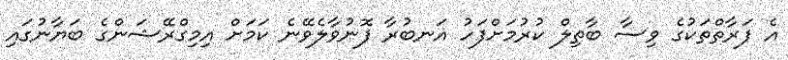
އެ ފަރާތްތަކުގެ ވިސާ ބާތިލް ކުރުމަށްފަހު އަނބުރާ ފޮނުވާލެވޭނެ ކަމަށް އިމިގްރޭޝަންގެ ބަޔާނުގައި